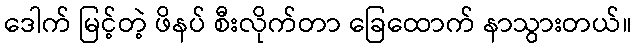
ဒေါက် မြင့်တဲ့ ဖိနပ် စီးလိုက်တာ ခြေထောက် နာသွားတယ်။